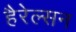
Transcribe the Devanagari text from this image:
हैरेल्सन